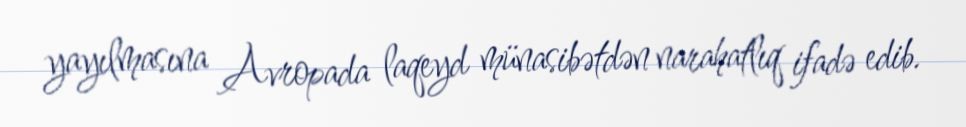
yayılmasına Avropada laqeyd münasibətdən narahatlıq ifadə edib.